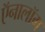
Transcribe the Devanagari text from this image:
ऍनालॉग